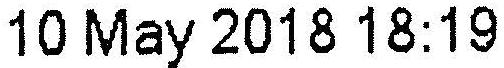
10 MAY 2018 18:19